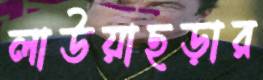
লাউয়াছড়ার